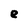
Character: e